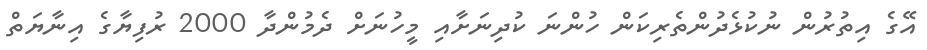
އޭގެ އިތުރުން ނުކުޅެދުންތެރިކަން ހުންނަ ކުދިނަށާއި މީހުނަށް ދެމުންދާ 2000 ރުފިޔާގެ އިނާޔަތް